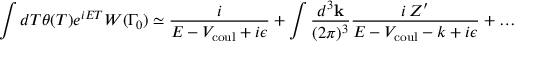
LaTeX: \int d T \theta ( T ) e ^ { i E T } W ( \Gamma _ { 0 } ) \simeq { \frac { i } { E - V _ { \mathrm { c o u l } } + i \epsilon } } + \int { \frac { d ^ { 3 } { \bf k } } { ( 2 \pi ) ^ { 3 } } } { \frac { i \, Z ^ { \prime } } { E - V _ { \mathrm { c o u l } } - k + i \epsilon } } + \dots